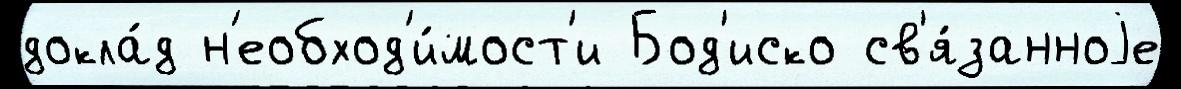
докла́д н'еобход'и́мост'и Бод'иско св'я́занноjе